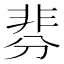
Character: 𩇴